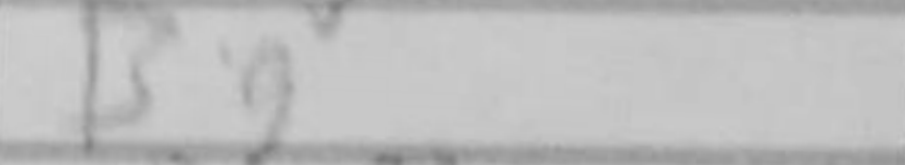
Transcription: Bg